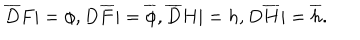
LaTeX: { \overline { { D } } } F | = \phi , D { \overline { { F } } } | = { \overline { { \phi } } } , { \overline { { D } } } H | = h , D { \overline { { H } } } | = { \overline { { h } } } .